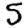
Digit: 5